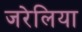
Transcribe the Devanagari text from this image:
जरेलिया